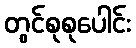
တွင်စုစုပေါင်း